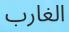
الغارب